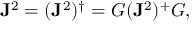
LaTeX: \mathbf { J } ^ { 2 } = ( \mathbf { J } ^ { 2 } ) ^ { \dagger } = G ( \mathbf { J } ^ { 2 } ) ^ { + } G ,